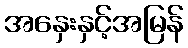
အနှေးနှင့်အမြန်